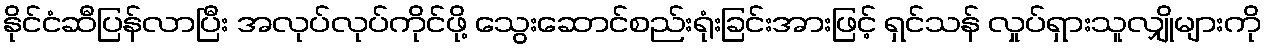
နိုင်ငံဆီပြန်လာပြီး အလုပ်လုပ်ကိုင်ဖို့ သွေးဆောင်စည်းရုံးခြင်းအားဖြင့် ရှင်သန် လှုပ်ရှားသူလျှိုများကို